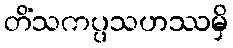
တိံသကပ္ပသဟဿမှိ